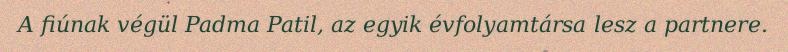
A fiúnak végül Padma Patil, az egyik évfolyamtársa lesz a partnere.